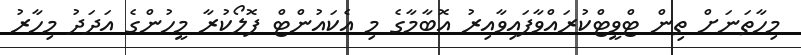
މިހާތަނަށް ތިން ޓްވީޓްކުރައްވާފައިވާއިރު އޮބާމާގެ މި އެކައުންޓް ފޮލޯކުރާ މީހުންގެ އަދަދު މިހާރު